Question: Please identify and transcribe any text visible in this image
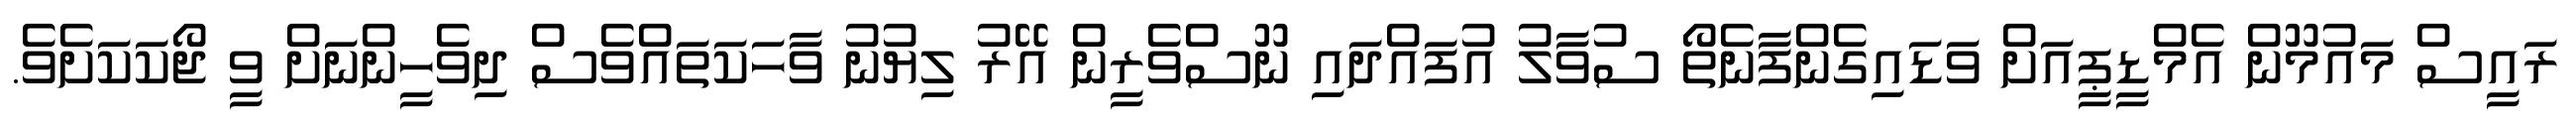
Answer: ރައީސް މައުމޫން އެމްޑީޕީއަށް ވަޑައިގެންފާނެތޯ ސުވާލު އުފައްދައި ނޫސްވެރީން އޭރު ލިޔުނު ވާހަކަތައްވެސް ދިވެހީންނަށް ވީ ޖޯކަކަށެވެ.